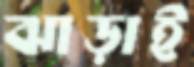
ঝাড়াই